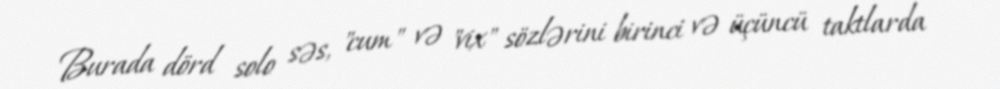
Burada dörd solo səs, "cum" və "vix" sözlərini birinci və üçüncü taktlarda